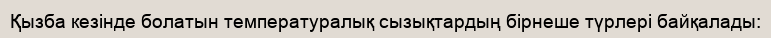
Қызба кезінде болатын температуралық сызықтардың бірнеше түрлері байқалады: